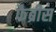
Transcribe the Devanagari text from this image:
फैब्रीस